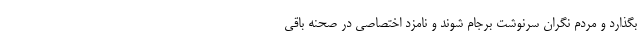
بگذارد و مردم نگران سرنوشت برجام شوند و نامزد اختصاصی در صحنه باقی